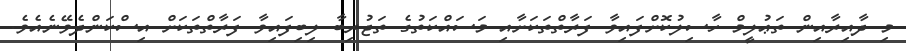
މި ދާއިރާއިން ތަޢުލީމް ހާސިލުކޮށްފައިވާ ފަރާތްތަކަށާއި މަސައްކަތުގެ ތަޖުރިބާ ލިބިފައިވާ ފަރާތްތަކަށް އިސްކަންދެވޭނެއެވެ.